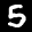
Label: 5